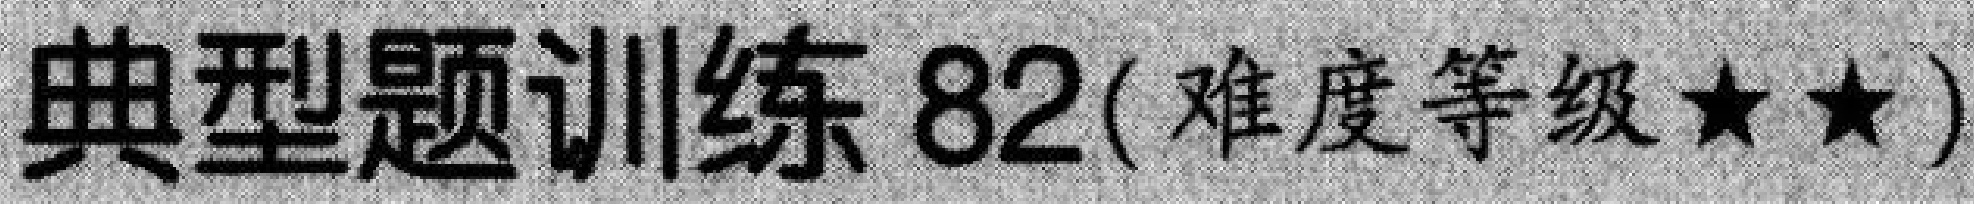
典型题训练82(难度等级$\star\star$)